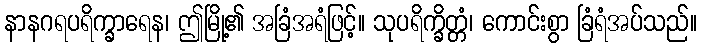
နာနဂရပရိက္ခာရေန၊ ဤမြို့၏ အခြံအရံဖြင့်။ သုပရိက္ခိတ္တံ၊ ကောင်းစွာ ခြံရံအပ်သည်။